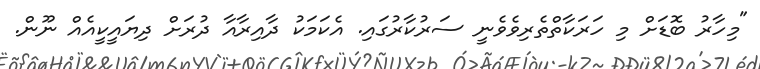
"މިހާރު ބޮޑަށް މި ހަރަކާތްތެރިވެވެނީ ސަރުކާރުގައި. އެކަމަކު ދާއިރާއާ ދުރަށް ދިޔައީކީއެއް ނޫން.